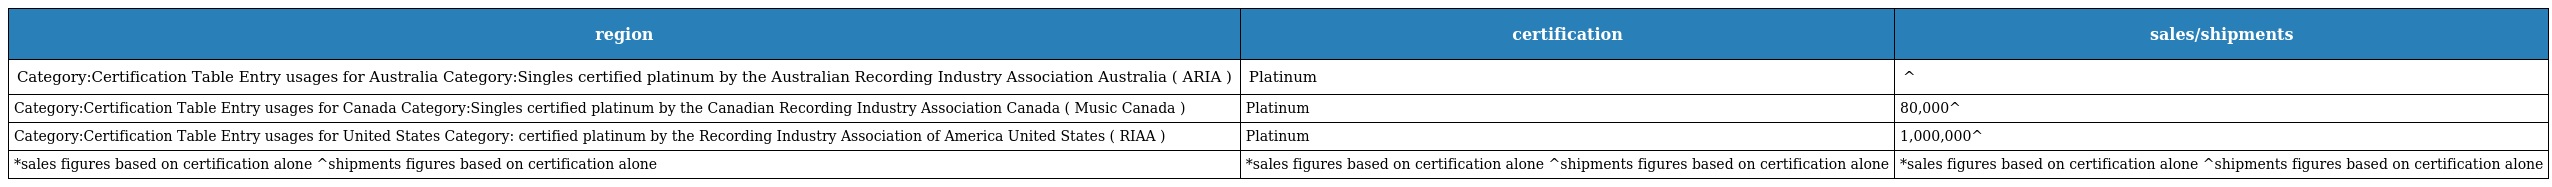
| region | certification | sales/shipments |
 | --- | --- | --- |
 | Category:Certification Table Entry usages for Australia Category:Singles certified platinum by the Australian Recording Industry Association Australia ( ARIA ) | Platinum | ^ |
 | Category:Certification Table Entry usages for Canada Category:Singles certified platinum by the Canadian Recording Industry Association Canada ( Music Canada ) | Platinum | 80,000^ |
 | Category:Certification Table Entry usages for United States Category: certified platinum by the Recording Industry Association of America United States ( RIAA ) | Platinum | 1,000,000^ |
 | *sales figures based on certification alone ^shipments figures based on certification alone | *sales figures based on certification alone ^shipments figures based on certification alone | *sales figures based on certification alone ^shipments figures based on certification alone |